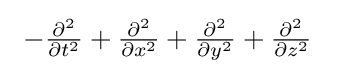
~\textstyle -{\frac {\partial ^{2}}{\partial t^{2}}}+{\frac {\partial ^{2}}{\partial x^{2}}}+{\frac {\partial ^{2}}{\partial y^{2}}}+{\frac {\partial ^{2}}{\partial z^{2}}}~\;